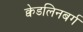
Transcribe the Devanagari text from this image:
क्वेडलिनबर्ग